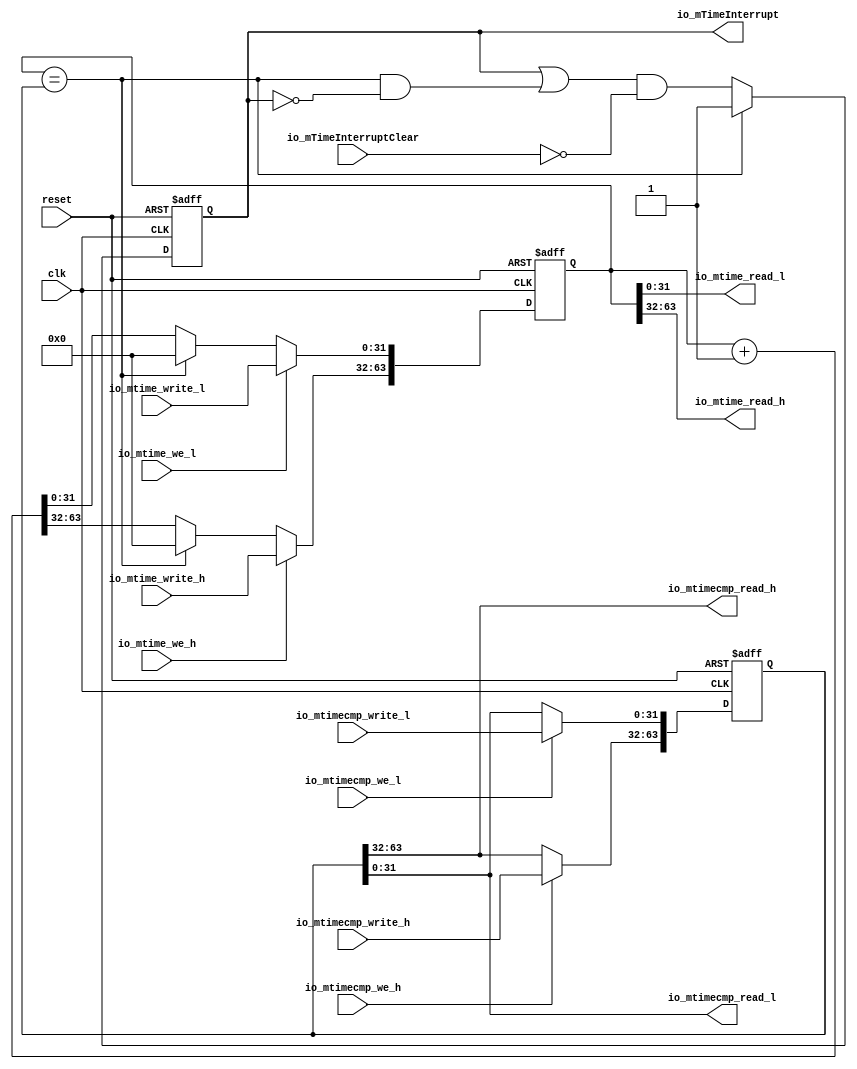
// Generator : SpinalHDL v1.4.3    git head : adf552d8f500e7419fff395b7049228e4bc5de26
// Component : MachineTimer
// Git hash  : e03a66e8f94607b5b85df824187b35e3c8c2028f



module MachineTimer (
  output     [31:0]   io_mtime_read_l,
  output     [31:0]   io_mtime_read_h,
  input               io_mtime_we_l,
  input               io_mtime_we_h,
  input      [31:0]   io_mtime_write_l,
  input      [31:0]   io_mtime_write_h,
  output     [31:0]   io_mtimecmp_read_l,
  output     [31:0]   io_mtimecmp_read_h,
  input               io_mtimecmp_we_l,
  input               io_mtimecmp_we_h,
  input      [31:0]   io_mtimecmp_write_l,
  input      [31:0]   io_mtimecmp_write_h,
  input               io_mTimeInterruptClear,
  output              io_mTimeInterrupt,
  input               clk,
  input               reset
);
  reg        [63:0]   mtime;
  reg        [63:0]   mtimecmp;
  reg                 interrupt;

  assign io_mTimeInterrupt = interrupt;
  assign io_mtime_read_l = mtime[31 : 0];
  assign io_mtime_read_h = mtime[63 : 32];
  assign io_mtimecmp_read_l = mtimecmp[31 : 0];
  assign io_mtimecmp_read_h = mtimecmp[63 : 32];
  always @ (posedge clk or posedge reset) begin
    if (reset) begin
      mtime <= 64'h0;
      mtimecmp <= 64'h0;
      interrupt <= 1'b0;
    end else begin
      interrupt <= ((interrupt || ((mtime == mtimecmp) && (! interrupt))) && (! io_mTimeInterruptClear));
      if((mtime == mtimecmp))begin
        mtime <= 64'h0;
        interrupt <= 1'b1;
      end else begin
        mtime <= (mtime + 64'h0000000000000001);
      end
      if((io_mtime_we_l == 1'b1))begin
        mtime[31 : 0] <= io_mtime_write_l;
      end
      if((io_mtime_we_h == 1'b1))begin
        mtime[63 : 32] <= io_mtime_write_h;
      end
      if((io_mtimecmp_we_l == 1'b1))begin
        mtimecmp[31 : 0] <= io_mtimecmp_write_l;
      end
      if((io_mtimecmp_we_h == 1'b1))begin
        mtimecmp[63 : 32] <= io_mtimecmp_write_h;
      end
    end
  end


endmodule